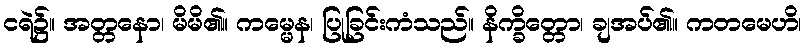
ငရဲ၌။ အတ္တနော၊ မိမိ၏။ ကမ္မေန၊ ပြုခြင်းကံသည်။ နိက္ခိတ္တော၊ ချအပ်၏။ ကတမေဟိ၊